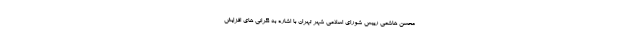
محسن هاشمی رییس شورای اسلامی شهر تهران با اشاره به نگرانی های افزایش